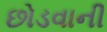
છોડવાની